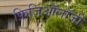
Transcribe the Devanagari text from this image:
फ़िज़िऑलॉजी